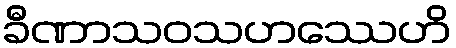
ခီဏာသဝသဟဿေဟိ